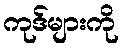
ကုဒ်များကို